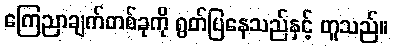
ကြေညာချက်တစ်ခုကို ရွတ်ပြနေသည်နှင့် တူသည်။